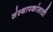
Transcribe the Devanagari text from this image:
संस्थापकांसाठी